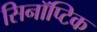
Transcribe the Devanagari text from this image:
सिनॉप्टिक